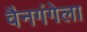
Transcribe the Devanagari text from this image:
वैनगंगेला